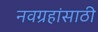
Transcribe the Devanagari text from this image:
नवग्रहांसाठी